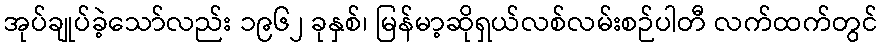
အုပ်ချုပ်ခဲ့သော်လည်း ၁၉၆၂ ခုနှစ်၊ မြန်မာ့ဆိုရှယ်လစ်လမ်းစဉ်ပါတီ လက်ထက်တွင်